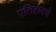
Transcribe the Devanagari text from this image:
एतिहादचे